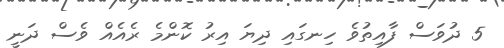
5 ދުވަސް ފާއިތުވެ ހިނގައި ދިޔަ އިރު ކޮންމެ ރެއެއް ވެސް ދަނީ